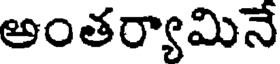
అంతర్యామినే